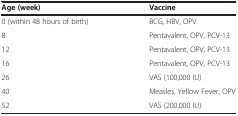
<table><thead><tr><td><b>Age (week)</b></td><td><b>Vaccine</b></td></tr></thead><tbody><tr><td>0 (within 48 hours of birth)</td><td>BCG, HBV, OPV</td></tr><tr><td>8</td><td>Pentavalent, OPV, PCV-13</td></tr><tr><td>12</td><td>Pentavalent, OPV, PCV-13</td></tr><tr><td>16</td><td>Pentavalent, OPV, PCV-13</td></tr><tr><td>26</td><td>VAS (100,000 IU)</td></tr><tr><td>40</td><td>Measles, Yellow Fever, OPV</td></tr><tr><td>52</td><td>VAS (200,000 IU)</td></tr></tbody></table>